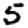
Digit: 5